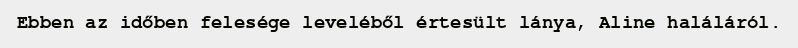
Ebben az időben felesége leveléből értesült lánya, Aline haláláról.